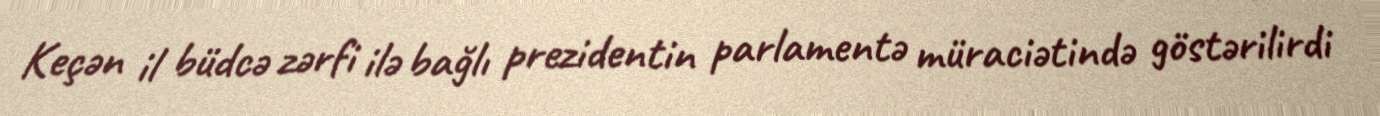
Keçən il büdcə zərfi ilə bağlı prezidentin parlamentə müraciətində göstərilirdi